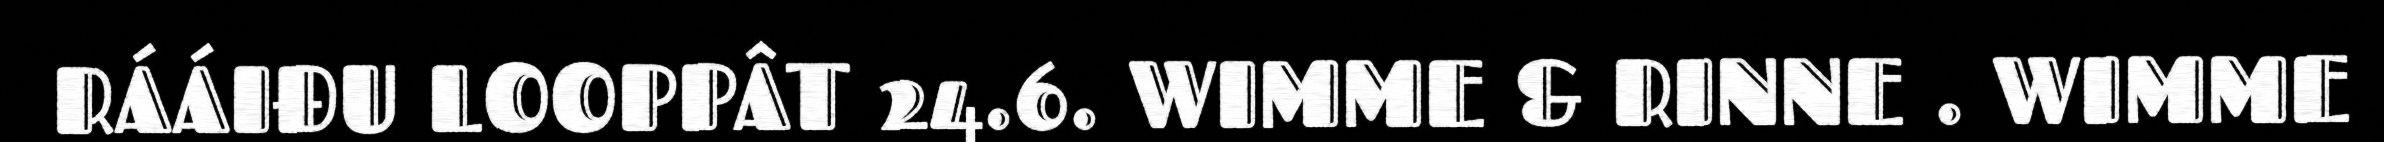
RÁÁIĐU LOOPPÂT 24.6. WIMME & RINNE . WIMME